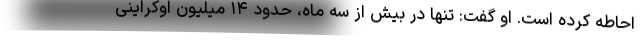
احاطه کرده است. او گفت: تنها در بیش از سه ماه، حدود ۱۴ میلیون اوکراینی